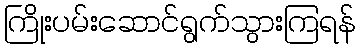
ကြိုးပမ်းဆောင်ရွက်သွားကြရန်